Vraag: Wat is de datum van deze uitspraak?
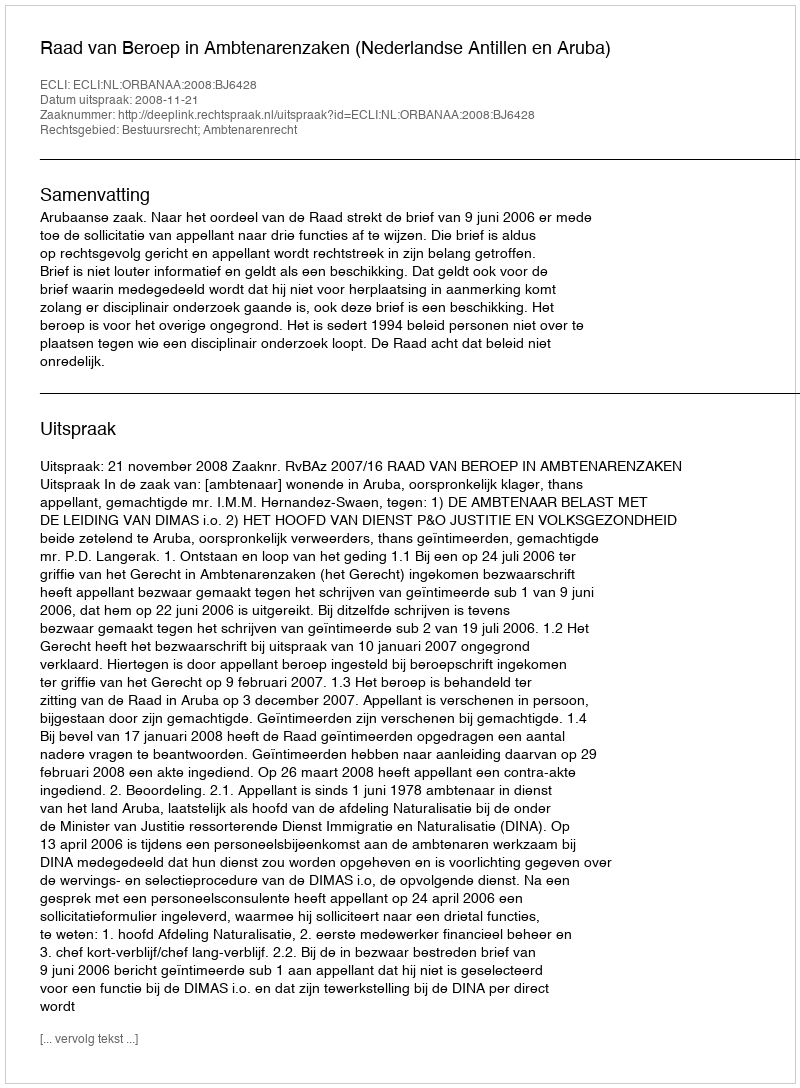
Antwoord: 2008-11-21